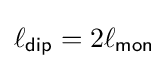
\ell _{\mathsf {dip}}=2\ell _{\mathsf {mon}}